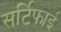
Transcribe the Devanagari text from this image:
सर्टिफाई